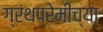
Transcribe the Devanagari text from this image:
ग्रंथप्रेमींच्या